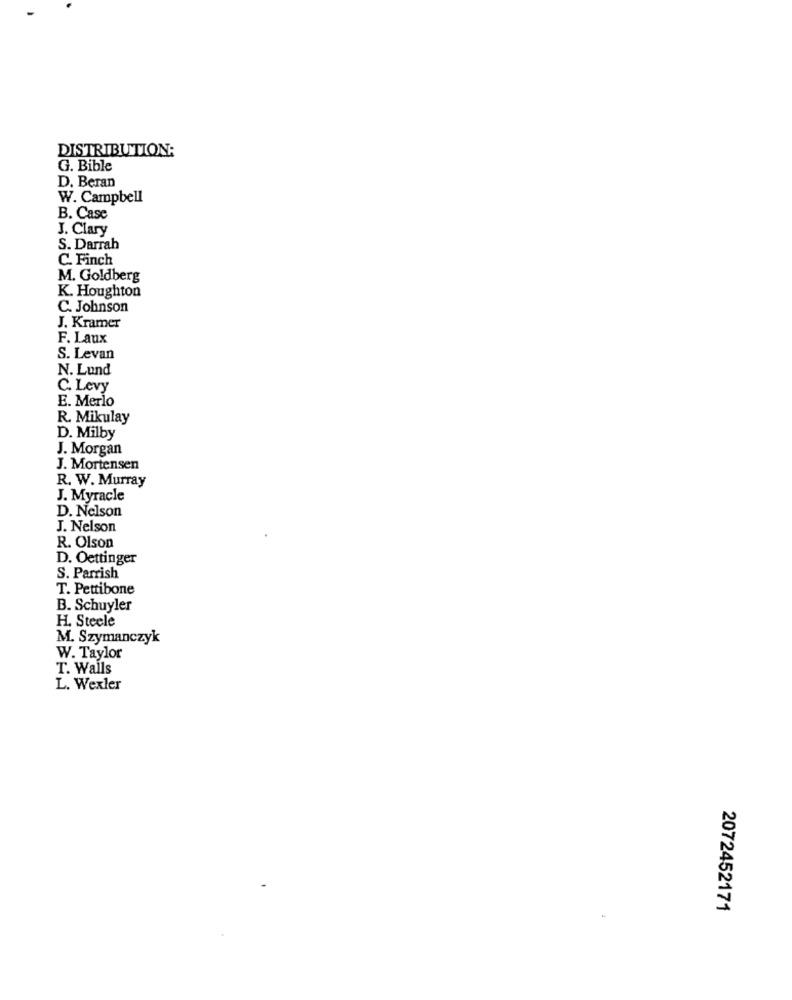
DISTRIBUTION:
G. Bible
D. Beran
W. Campbell
B. Case
J. Clary
S. Darrah
C. Finch
M. Goldberg
K. Houghton
C. Johnson
J. Kramer
F. Laux
S. Levan
N. Lund
C. Levy
E. Merlo
R. Mikulay
D. Milby
J. Morgan
J. Mortensen
R. W. Murray
J. Myracle
D. Nelson
J. Nelson
R. Olson
D. Oettinger
S. Parrish
T. Pettibone
B. Schuyler
H. Steele
M. Szymanczyk
W. Taylor
T. Walls
L. Wexler
2072452171